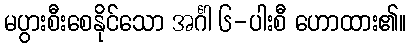
မပွားစီးစေနိုင်သော အင်္ဂါ ၆-ပါးစီ ဟောထား၏။